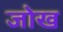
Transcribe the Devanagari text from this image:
जोख